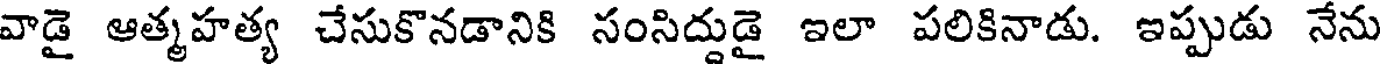
వాడై ఆత్మహత్య చేసుకొనడానికి సంసిద్దుడై ఇలా పలికినాడు. ఇప్పుడు నేను